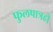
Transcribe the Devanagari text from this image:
फुलपात्रही